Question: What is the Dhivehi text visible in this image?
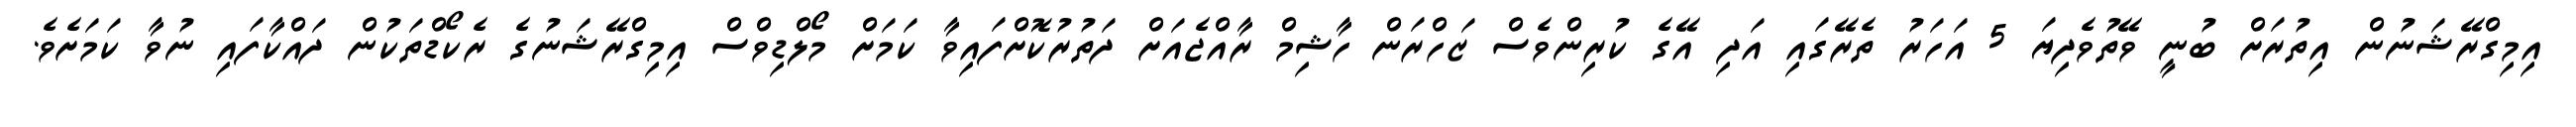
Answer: އިމިގްރޭޝަނުން އިތުރަށް ބުނީ ވޭތުވެދިޔަ 5 އަހަރު ތެރޭގައި އަދި އޭގެ ކުރިންވެސް ޒަހްރަން ހާޝިމް ރާއްޖެއަށް ދަތުރުކޮށްފައިވާ ކަމަށް މޯލްޑިވްސް އިމިގްރޭޝަނުގެ ރެކޯޑްތަކުން ދައްކާފައި ނުވާ ކަމަށެވެ.